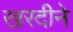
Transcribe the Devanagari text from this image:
खरदीने